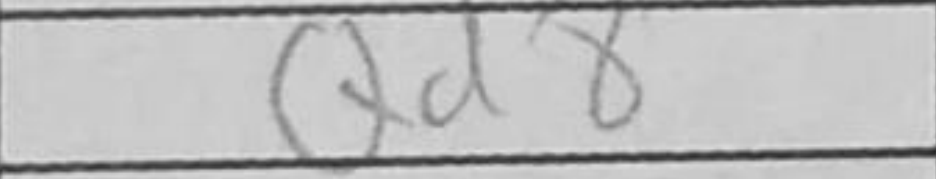
Transcription: Qd8